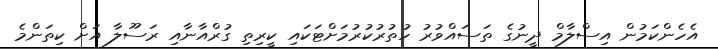
އެހެންކަމުން އިސްލާމް ދީނުގެ ތަސައްވުރު ހުތުރުކުރުމަށްޓަކައި ކީރިތި ގުރްއާނާއި ރަސޫލާ އަށް ކިތަންމެ